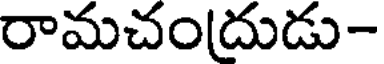
రామచందుడు-